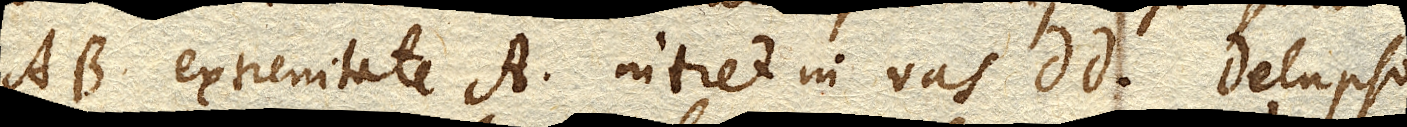
AB. extremitate A. intret in vas DD. Delapso